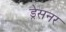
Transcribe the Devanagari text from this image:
ड्रेसनर